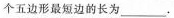
个五边形最短边的长为___。